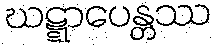
ဃဋ္ဋာပေန္တဿ